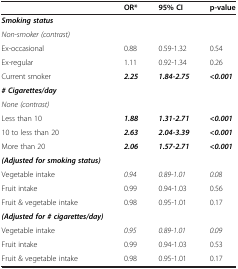
<table><thead><tr><td><b> </b></td><td><b>OR*</b></td><td><b>95% CI</b></td><td><b>p-value</b></td></tr></thead><tbody><tr><td><b><i>Smoking status</i></b></td><td> </td><td> </td><td> </td></tr><tr><td><i>Non-smoker (contrast)</i></td><td> </td><td> </td><td> </td></tr><tr><td>Ex-occasional</td><td>0.88</td><td>0.59-1.32</td><td>0.54</td></tr><tr><td>Ex-regular</td><td>1.11</td><td>0.92-1.34</td><td>0.26</td></tr><tr><td>Current smoker</td><td><b><i>2.25</i></b></td><td><b><i>1.84-2.75</i></b></td><td><b><i>&lt;0.001</i></b></td></tr><tr><td><b><i># Cigarettes/day</i></b></td><td> </td><td> </td><td> </td></tr><tr><td><i>None (contrast)</i></td><td> </td><td> </td><td> </td></tr><tr><td>Less than 10</td><td><b><i>1.88</i></b></td><td><b><i>1.31-2.71</i></b></td><td><b><i>&lt;0.001</i></b></td></tr><tr><td>10 to less than 20</td><td><b><i>2.63</i></b></td><td><b><i>2.04-3.39</i></b></td><td><b><i>&lt;0.001</i></b></td></tr><tr><td>More than 20</td><td><b><i>2.06</i></b></td><td><b><i>1.57-2.71</i></b></td><td><b><i>&lt;0.001</i></b></td></tr><tr><td><b><i>(Adjusted for smoking status)</i></b></td><td> </td><td> </td><td> </td></tr><tr><td>Vegetable intake</td><td><i>0.94</i></td><td><i>0.89-1.01</i></td><td><i>0.08</i></td></tr><tr><td>Fruit intake</td><td>0.99</td><td>0.94-1.03</td><td>0.56</td></tr><tr><td>Fruit &amp; vegetable intake</td><td>0.98</td><td>0.95-1.01</td><td>0.17</td></tr><tr><td><b><i>(Adjusted for # cigarettes/day)</i></b></td><td> </td><td> </td><td> </td></tr><tr><td>Vegetable intake</td><td><i>0.95</i></td><td><i>0.89-1.01</i></td><td><i>0.09</i></td></tr><tr><td>Fruit intake</td><td>0.99</td><td>0.94-1.03</td><td>0.53</td></tr><tr><td>Fruit &amp; vegetable intake</td><td>0.98</td><td>0.95-1.01</td><td>0.17</td></tr></tbody></table>